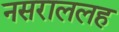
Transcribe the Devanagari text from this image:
नसराललह